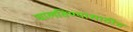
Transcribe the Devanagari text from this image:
चालविण्यासाठीच